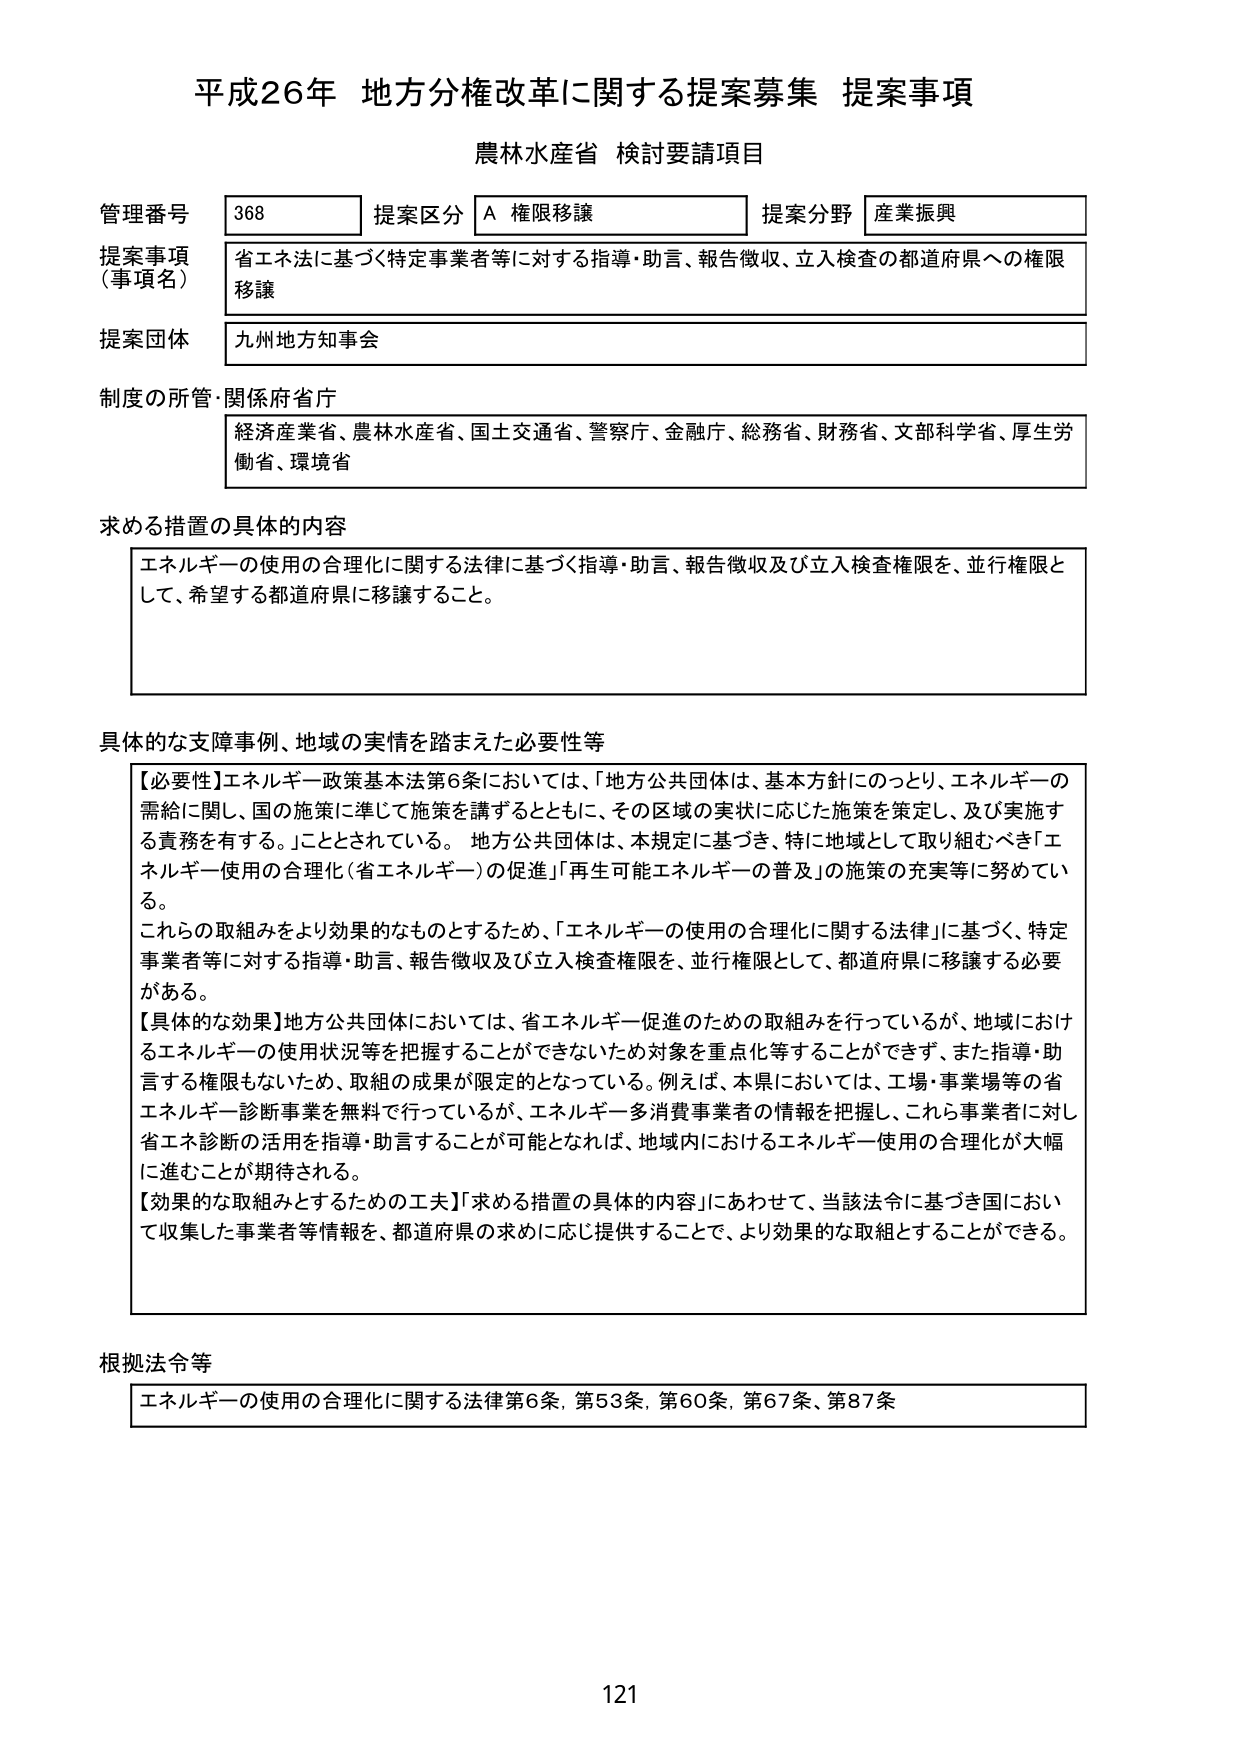
平成26年 地方分権改革に関する提案募集 提案事項
農林水産省 検討要請項目

管理番号 368 提案区分 A 権限移譲 提案分野 産業振興
提案事項（事項名） 省エネ法に基づく特定事業者等に対する指導・助言、報告徴収、立入検査の都道府県への権限移譲
提案団体 九州地方知事会
制度の所管・関係府省庁 経済産業省、農林水産省、国土交通省、警察庁、金融庁、総務省、財務省、文部科学省、厚生労働省、環境省

求める措置の具体的内容
エネルギーの使用の合理化に関する法律に基づく指導・助言、報告徴収及び立入検査権限を、並行権限として、希望する都道府県に移譲すること。

具体的な支障事例、地域の実情を踏まえた必要性等
【必要性】エネルギー政策基本法第6条においては、「地方公共団体は、基本方針にのっとり、エネルギーの需給に関し、国の施策に準じて施策を講ずるとともに、その区域の実状に応じた施策を策定し、及び実施する責務を有する。」こととされている。地方公共団体は、本規定に基づき、特に地域として取り組むべき「エネルギー使用の合理化（省エネルギー）の促進」「再生可能エネルギーの普及」の施策の充実等に努めている。
これらの取組みをより効果的なものとするため、「エネルギーの使用の合理化に関する法律」に基づく、特定事業者等に対する指導・助言、報告徴収及び立入検査権限を、並行権限として、都道府県に移譲する必要がある。
【具体的な効果】地方公共団体においては、省エネルギー促進のための取組みを行っているが、地域におけるエネルギーの使用状況等を把握することができないため対象を重点化等することができず、また指導・助言する権限もないため、取組の成果が限定的となっている。例えば、本県においては、工場・事業場等の省エネルギー診断事業を無料で行っているが、エネルギー多消費事業者の情報を把握し、これら事業者に対し省エネ診断の活用を指導・助言することが可能となれば、地域内におけるエネルギー使用の合理化が大幅に進むことが期待される。
【効果的な取組みとするための工夫】「求める措置の具体的内容」にあわせて、当該法令に基づき国において収集した事業者等情報を、都道府県の求めに応じ提供することで、より効果的な取組とすることができる。

根拠法令等
エネルギーの使用の合理化に関する法律第6条、第53条、第60条、第67条、第87条

121